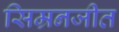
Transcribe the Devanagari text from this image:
सिम्रनजीत